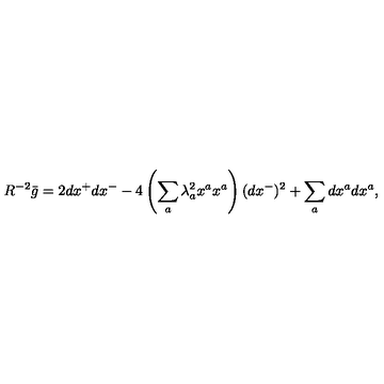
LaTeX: R ^ { - 2 } \bar { g } = 2 d x ^ { + } d x ^ { - } - 4 \left( \sum _ { a } \lambda _ { a } ^ { 2 } x ^ { a } x ^ { a } \right) ( d x ^ { - } ) ^ { 2 } + \sum _ { a } d x ^ { a } d x ^ { a } ,